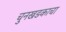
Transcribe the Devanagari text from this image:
चुनखडकाचा